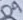
Text: D9